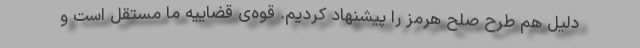
دلیل هم طرح صلح هرمز را پیشنهاد کردیم. قوه‌ی قضاییه ما مستقل است و